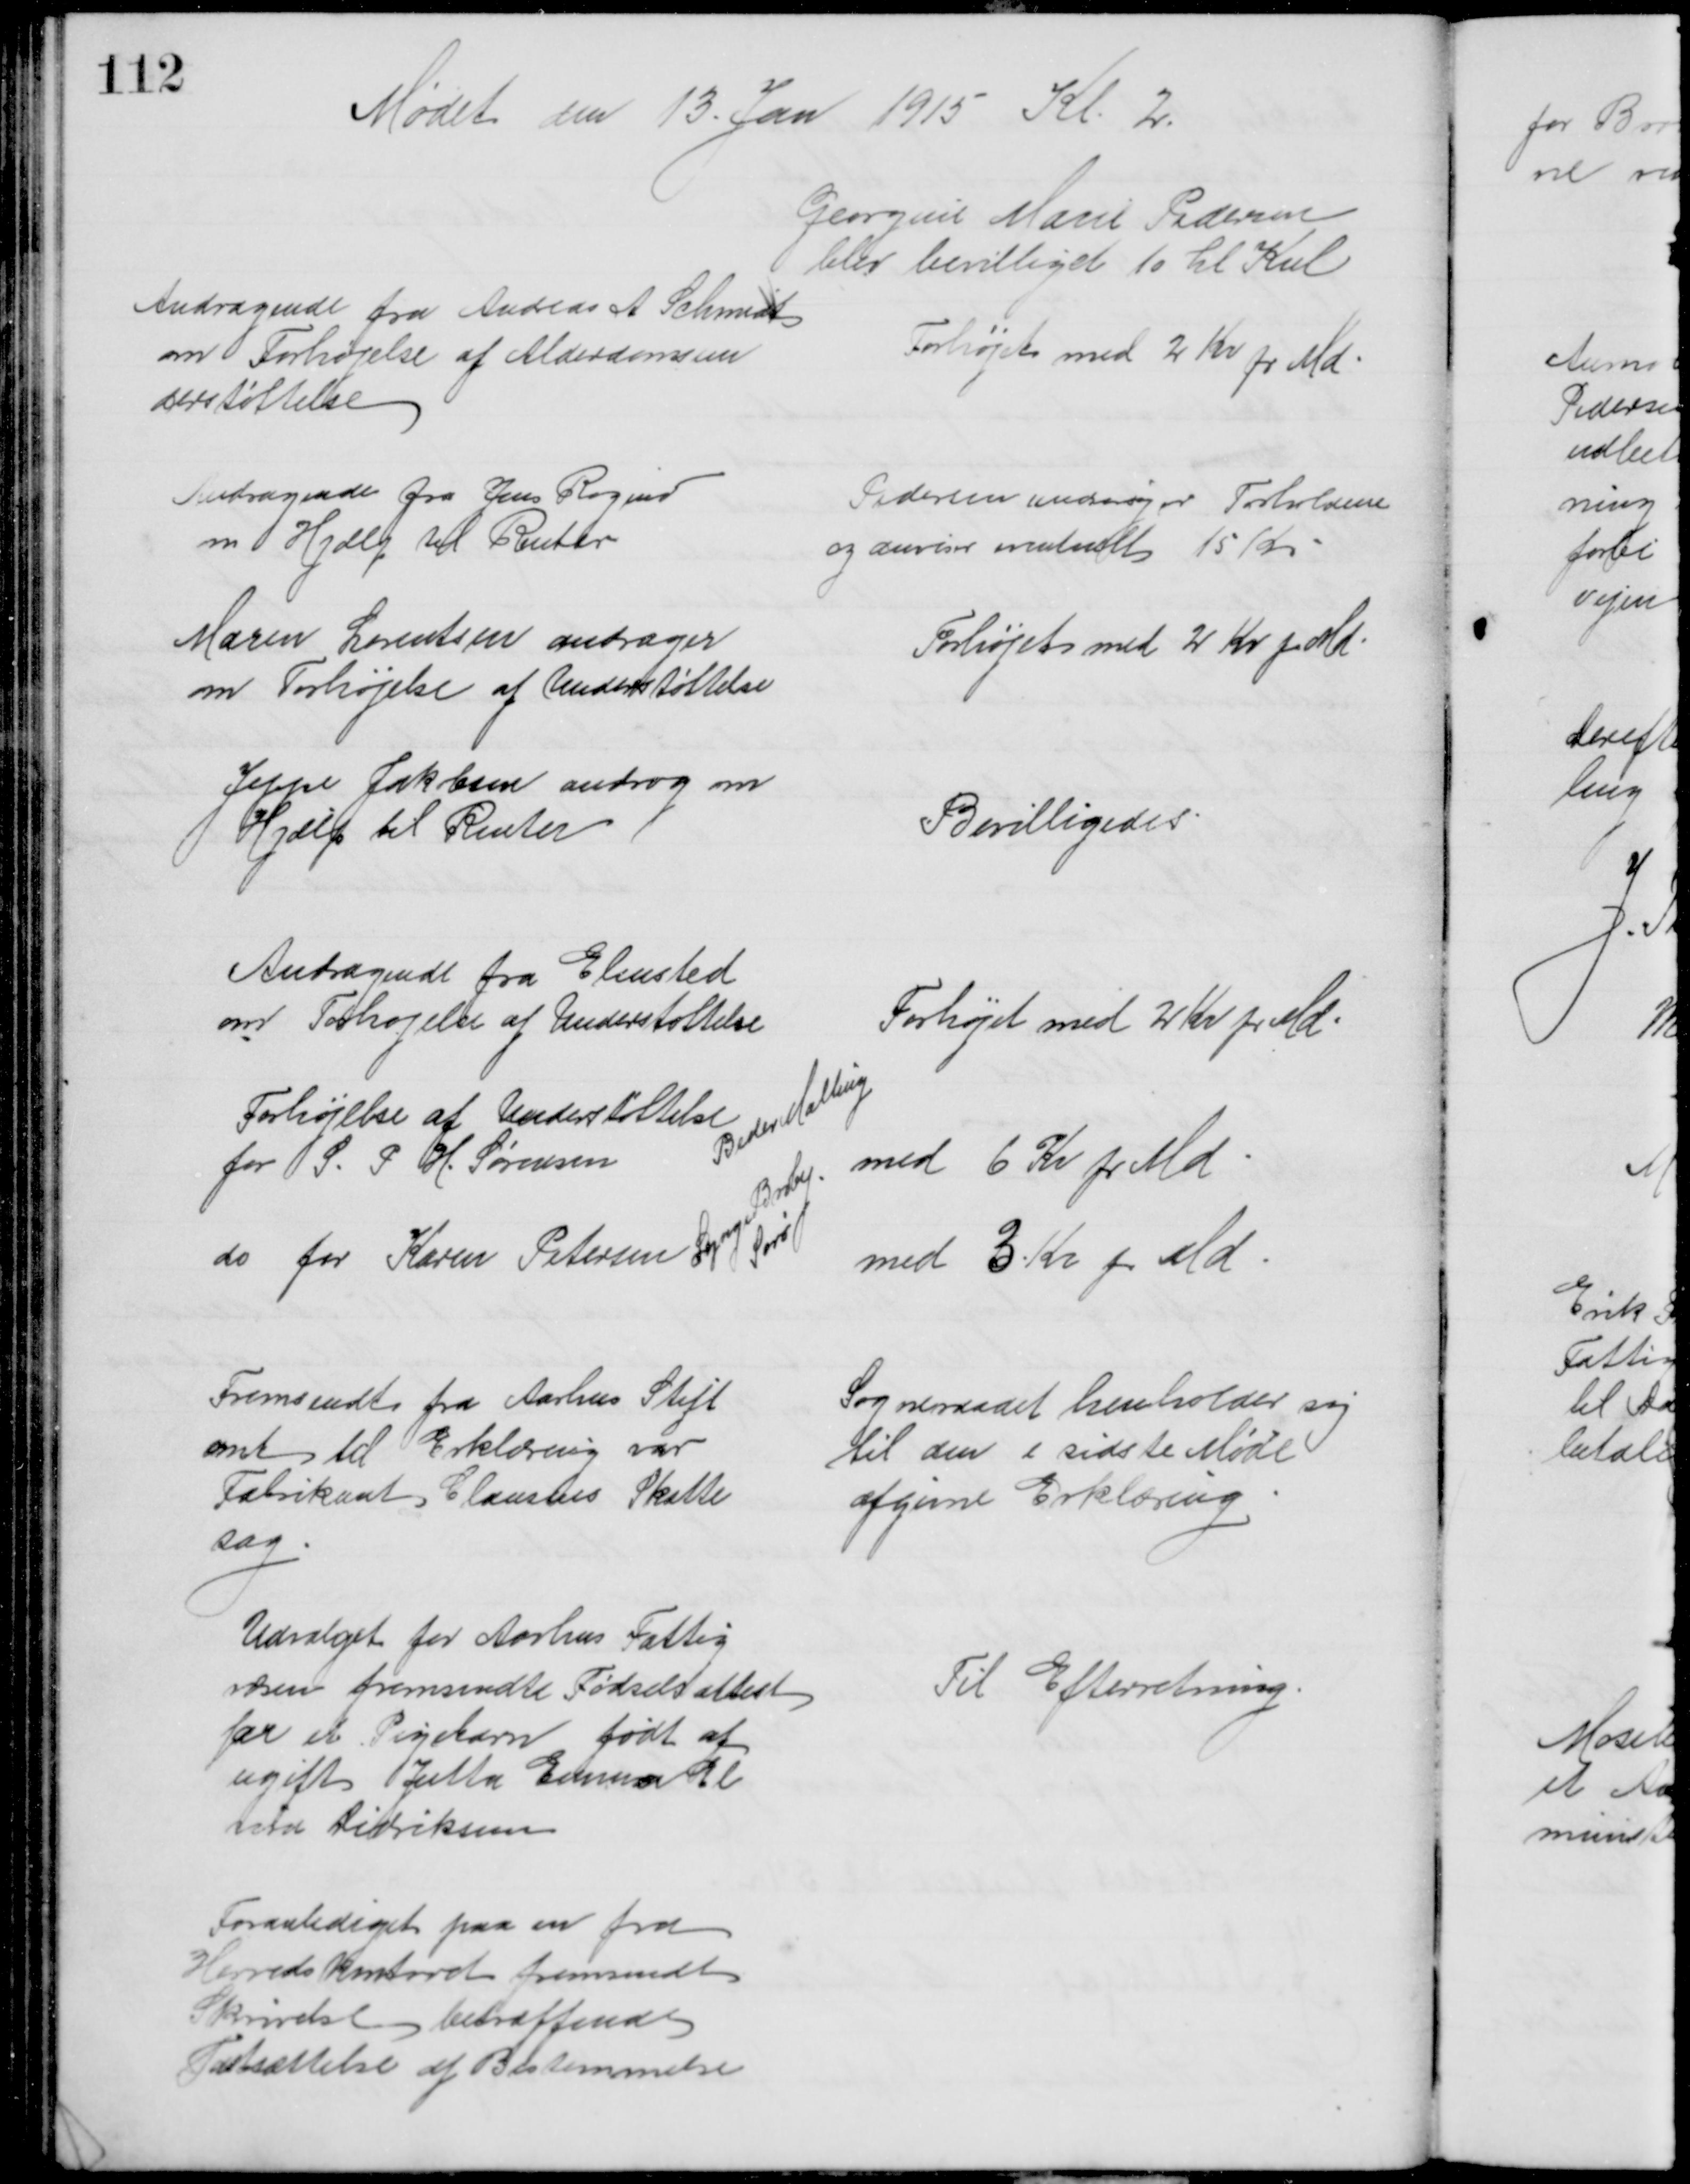
Transskription:
Mødet den 13. Jan 1915 Kl. 2.
Georgine Marie Pedersen
blev bevilliget 10 hl Kul
Andragende fra Andreas A Schmidt
om Forhøjelse af Alderdomsun
derstøttelse
Forhøjet med 2 Kr pr Md.
Andragende fra Jens Røgind
om Hjælp til Renter
Pedersen undersøger Forholdene
og anviser eventuelt 15 Kr
Maren Lorentsen andrager
om Forhøjelse af Understøttelse
Forhøjet med 2 Kr pr Md
Jeppe Jakobsen androg om
Hjælp til Renter
Bevilligedes.
Andragende fra Elmsted
om Forhøjelse af Understøttelse
Forhøjet med 2 Kr pr Md
Forhøjelse af Understøttelse
for S. P. H. Sørensen 
Beder Malling
med 6 Kr pr Md.
do for Karen Petersen 
Lynge Broby
Sorø
med 3 Kr pr Md.
Fremsendt fra Aarhus Stift
amt til Erklæring var
Fabrikant Clausens Skatte
sag
Sogneraadet henholder sig 
til den i sidste Møde
afgivne Erklæring
Udvalget for Aarhus Fattig
væsen fremsendte Fødselsattest
for et Pigebarn født af
ugift Jutta Emma El
vira Didriksen
Til Efterretning.
Foranlediget paa en fra
Herredskontoret fremsendt 
Skrivelse betræffende
Fastsættelse af Bestemmelse